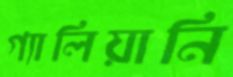
গ্যালিয়ানি